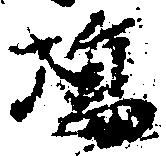
場